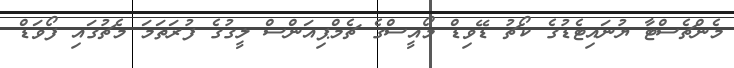
މެންޗެސްޓާ ޔުނައިޓެޑުގެ ކޯޗު ޑޭވިޑް މޯއީސްގެ ޗެމްޕިއަންސް ލީގުގެ ފުރަތަމަ މެޗުގައި ފޯވަޑް